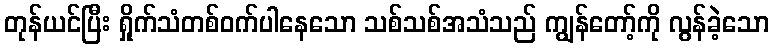
တုန်ယင်ပြီး ရှိုက်သံတစ်ဝက်ပါနေသော သစ်သစ်အသံသည် ကျွန်တော့်ကို လွန်ခဲ့သော